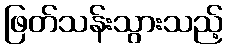
ဖြတ်သန်းသွားသည့်